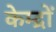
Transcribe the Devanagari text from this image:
केम्द्रों